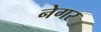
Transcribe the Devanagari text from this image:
नेगर